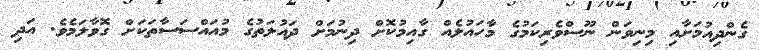
ގެންދިއުމަށާއި މިނިވަން ނޫސްވެރިކަމުގެ މާހައުލެއް ގާއިމުކޮށް ދިނުމަށް ދައުލަތުގެ މުއައްސަސާތަކަށް ގޮވާލަމެވެ. އަދި